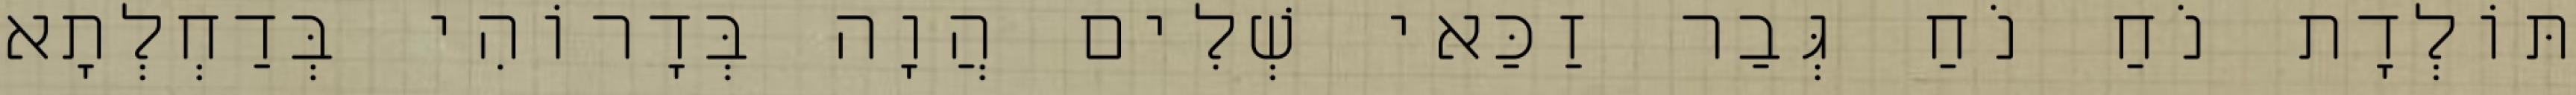
תּוֹלְדָת נֹחַ נֹחַ גְּבַר זַכַּאי שְׁלִים הֲוָה בְּדָרוֹהִי בְּדַחְלְתָא